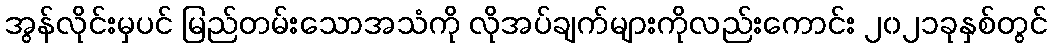
အွန်လိုင်းမှပင် မြည်တမ်းသောအသံကို လိုအပ်ချက်များကိုလည်းကောင်း ၂၀၂၁ခုနှစ်တွင်